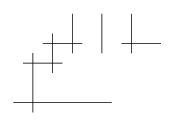
LaTeX: \begin{align*}\unitlength .5cm\begin{picture}(11,7)\put(4,1){\line(1,0){5}}\put(4.5,3){\line(1,0){2}}\put(5.5,4){\line(1,0){2}}\put(9.5,4){\line(1,0){2}}\put(5,3.5){\line(0,-1){3}}\put(6,4.5){\line(0,-1){2}}\put(7,5.5){\line(0,-1){2}}\put(8.5,5.5){\line(0,-1){2}}\put(10,5.5){\line(0,-1){2}}\end{picture}\end{align*}